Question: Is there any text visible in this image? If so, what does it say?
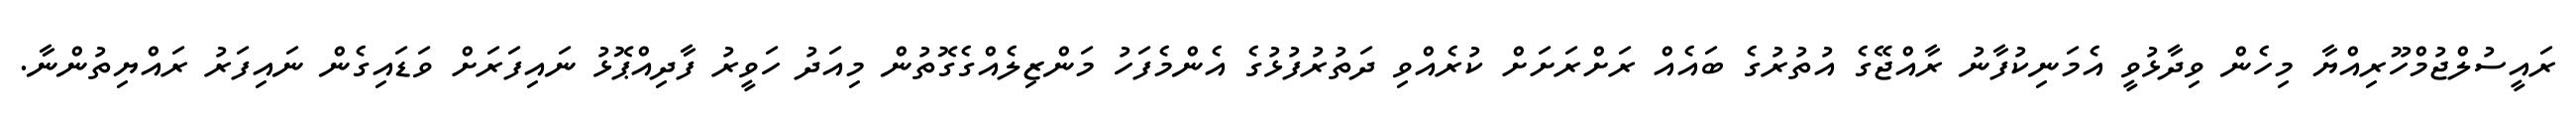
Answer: ރައީސުލްޖުމްހޫރިއްޔާ މިހެން ވިދާޅުވީ އެމަނިކުފާނު ރާއްޖޭގެ އުތުރުގެ ބައެއް ރަށްރަށަށް ކުރެއްވި ދަތުރުފުޅުގެ އެންމެފަހު މަންޒިލެއްގެގޮތުން މިއަދު ހަވީރު ފާދިއްޕޮޅު ނައިފަރަށް ވަޑައިގެން ނައިފަރު ރައްޔިތުންނާ.